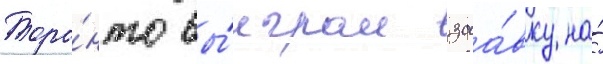
Торо́нто вы́играл заа́вку на́